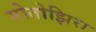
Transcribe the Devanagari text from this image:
मोतोझिरा